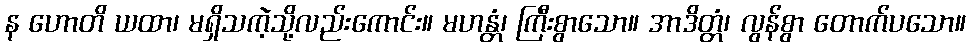
န ဟောတိ ယထာ၊ မရှိသကဲ့သို့လည်းကောင်း။ မဟန္တံ၊ ကြီးစွာသော။ အာဒိတ္တံ၊ လွန်စွာ တောက်ပသော။